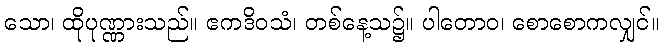
သော၊ ထိုပုဏ္ဏားသည်။ ဧကဒိဝသံ၊ တစ်နေ့သ၌။ ပါတောဝ၊ စောစောကလျှင်။